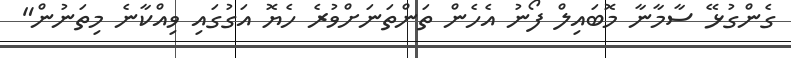
ގެންގުޅޭ ސާމާނާ މޮބައިލް ފޯނު އެހެން ތަންތަނަށްވުރެ ހެޔޮ އަގުގައި ވިއްކާނެ މިތަނުން"